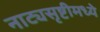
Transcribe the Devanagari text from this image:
नाट्यसृष्टीमध्ये